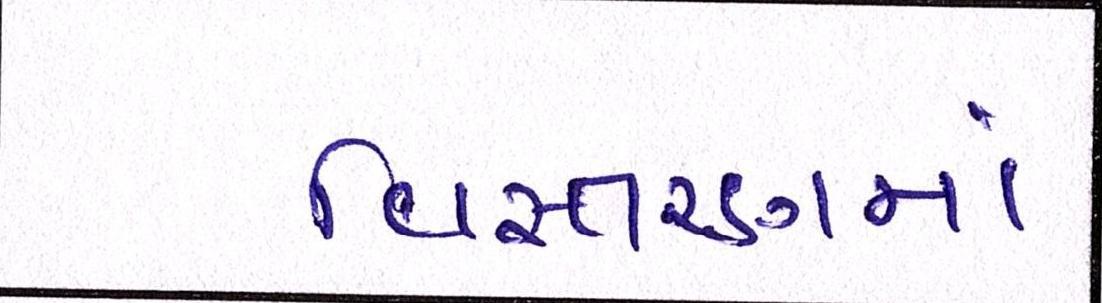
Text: વિસ્તરણમાં